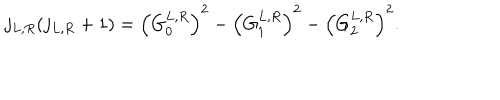
j _ { L , R } ( j _ { L , R } + 1 ) = \left( G _ { 0 } ^ { L , R } \right) ^ { 2 } - \left( G _ { 1 } ^ { L , R } \right) ^ { 2 } - \left( G _ { 2 } ^ { L , R } \right) ^ { 2 } .